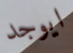
ايوجد